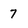
Character: 7